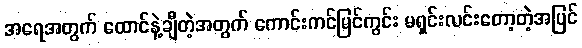
အရေအတွက် ထောင်နဲ့ချီတဲ့အတွက် ကောင်းကင်မြင်ကွင်း မရှင်းလင်းတော့တဲ့အပြင်